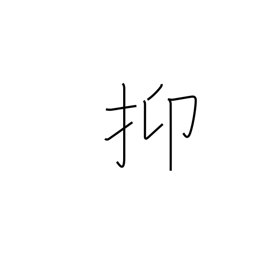
Meaning: in the first place